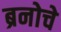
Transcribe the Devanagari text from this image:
ब्रनोचे